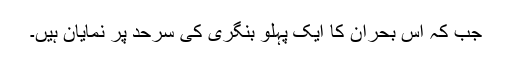
جب کہ اس بحران کا ایک پہلو بنگری کی سرحد پر نمایان ہیں۔